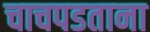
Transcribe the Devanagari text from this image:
चाचपडताना